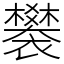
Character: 䙪